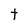
Character: t